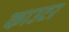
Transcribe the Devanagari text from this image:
काउटर